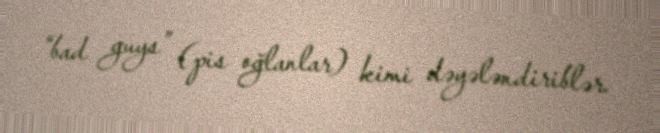
“bad guys” (pis oğlanlar) kimi dəyələndiriblər.